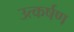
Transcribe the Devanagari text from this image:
उत्कर्षण